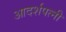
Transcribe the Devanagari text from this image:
आदर्शपत्नी